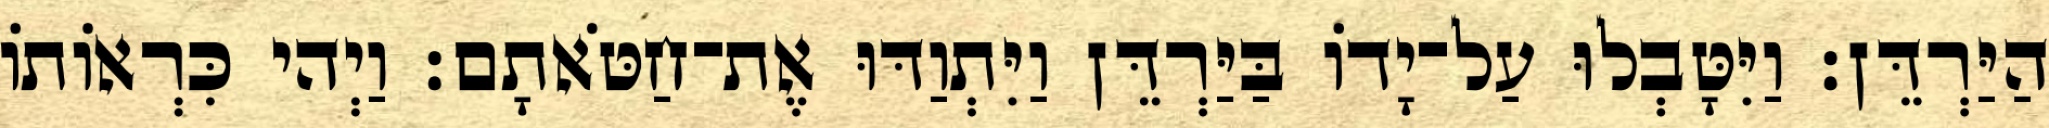
הַיַּרְדֵּן׃ וַיִּטָּבְלוּ עַל־יָדוֹ בַּיַּרְדֵּן וַיִּתְוַדּוּ אֶת־חַטֹּאתָם׃ וַיְהי כִּרְאוֹתוֹ